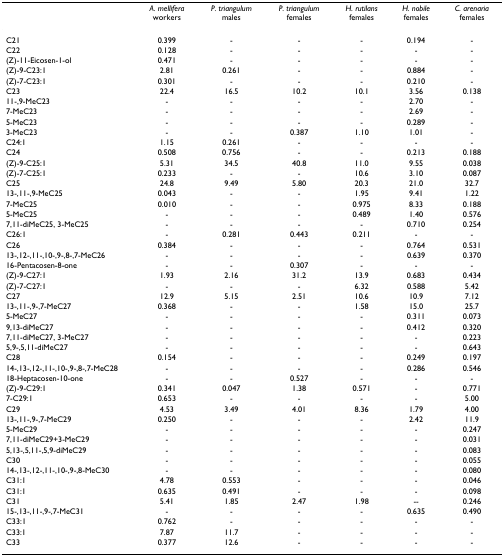
<table><thead><tr><td></td><td><b><i>A. mellifera </i>workers</b></td><td><b><i>P. triangulum </i>males</b></td><td><b><i>P. triangulum </i>females</b></td><td><b><i>H. rutilans </i>females</b></td><td><b><i>H. nobile </i>females</b></td><td><b><i>C. arenaria </i>females</b></td></tr></thead><tbody><tr><td>C21</td><td>0.399</td><td>-</td><td>-</td><td>-</td><td>0.194</td><td>-</td></tr><tr><td>C22</td><td>0.128</td><td>-</td><td>-</td><td>-</td><td>-</td><td>-</td></tr><tr><td>(Z)-11-Eicosen-1-ol</td><td>0.471</td><td>-</td><td>-</td><td>-</td><td>-</td><td>-</td></tr><tr><td>(Z)-9-C23:1</td><td>2.81</td><td>0.261</td><td>-</td><td>-</td><td>0.884</td><td>-</td></tr><tr><td>(Z)-7-C23:1</td><td>0.301</td><td>-</td><td>-</td><td>-</td><td>0.210</td><td>-</td></tr><tr><td>C23</td><td>22.4</td><td>16.5</td><td>10.2</td><td>10.1</td><td>3.56</td><td>0.138</td></tr><tr><td>11-,9-MeC23</td><td>-</td><td>-</td><td>-</td><td>-</td><td>2.70</td><td>-</td></tr><tr><td>7-MeC23</td><td>-</td><td>-</td><td>-</td><td>-</td><td>2.69</td><td>-</td></tr><tr><td>5-MeC23</td><td>-</td><td>-</td><td>-</td><td>-</td><td>0.289</td><td>-</td></tr><tr><td>3-MeC23</td><td>-</td><td>-</td><td>0.387</td><td>1.10</td><td>1.01</td><td>-</td></tr><tr><td>C24:1</td><td>1.15</td><td>0.261</td><td>-</td><td>-</td><td>-</td><td>-</td></tr><tr><td>C24</td><td>0.508</td><td>0.756</td><td>-</td><td>-</td><td>0.213</td><td>0.188</td></tr><tr><td>(Z)-9-C25:1</td><td>5.31</td><td>34.5</td><td>40.8</td><td>11.0</td><td>9.55</td><td>0.038</td></tr><tr><td>(Z)-7-C25:1</td><td>0.233</td><td>-</td><td>-</td><td>10.6</td><td>3.10</td><td>0.087</td></tr><tr><td>C25</td><td>24.8</td><td>9.49</td><td>5.80</td><td>20.3</td><td>21.0</td><td>32.7</td></tr><tr><td>13-,11-,9-MeC25</td><td>0.043</td><td>-</td><td>-</td><td>1.95</td><td>9.41</td><td>1.22</td></tr><tr><td>7-MeC25</td><td>0.010</td><td>-</td><td>-</td><td>0.975</td><td>8.33</td><td>0.188</td></tr><tr><td>5-MeC25</td><td>-</td><td>-</td><td>-</td><td>0.489</td><td>1.40</td><td>0.576</td></tr><tr><td>7,11-diMeC25, 3-MeC25</td><td>-</td><td>-</td><td>-</td><td>-</td><td>0.710</td><td>0.254</td></tr><tr><td>C26:1</td><td>-</td><td>0.281</td><td>0.443</td><td>0.211</td><td>-</td><td>-</td></tr><tr><td>C26</td><td>0.384</td><td>-</td><td>-</td><td>-</td><td>0.764</td><td>0.531</td></tr><tr><td>13-,12-,11-,10-,9-,8-,7-MeC26</td><td>-</td><td>-</td><td>-</td><td>-</td><td>0.639</td><td>0.370</td></tr><tr><td>16-Pentacosen-8-one</td><td>-</td><td>-</td><td>0.307</td><td>-</td><td>-</td><td>-</td></tr><tr><td>(Z)-9-C27:1</td><td>1.93</td><td>2.16</td><td>31.2</td><td>13.9</td><td>0.683</td><td>0.434</td></tr><tr><td>(Z)-7-C27:1</td><td>-</td><td>-</td><td>-</td><td>6.32</td><td>0.588</td><td>5.42</td></tr><tr><td>C27</td><td>12.9</td><td>5.15</td><td>2.51</td><td>10.6</td><td>10.9</td><td>7.12</td></tr><tr><td>13-,11-,9-,7-MeC27</td><td>0.368</td><td>-</td><td>-</td><td>1.58</td><td>15.0</td><td>25.7</td></tr><tr><td>5-MeC27</td><td>-</td><td>-</td><td>-</td><td>-</td><td>0.311</td><td>0.073</td></tr><tr><td>9,13-diMeC27</td><td>-</td><td>-</td><td>-</td><td>-</td><td>0.412</td><td>0.320</td></tr><tr><td>7,11-diMeC27, 3-MeC27</td><td>-</td><td>-</td><td>-</td><td>-</td><td>-</td><td>0.223</td></tr><tr><td>5,9-,5,11-diMeC27</td><td>-</td><td>-</td><td>-</td><td>-</td><td>-</td><td>0.643</td></tr><tr><td>C28</td><td>0.154</td><td>-</td><td>-</td><td>-</td><td>0.249</td><td>0.197</td></tr><tr><td>14-,13-,12-,11-,10-,9-,8-,7-MeC28</td><td>-</td><td>-</td><td>-</td><td>-</td><td>0.286</td><td>0.546</td></tr><tr><td>18-Heptacosen-10-one</td><td>-</td><td>-</td><td>0.527</td><td>-</td><td>-</td><td>-</td></tr><tr><td>(Z)-9-C29:1</td><td>0.341</td><td>0.047</td><td>1.38</td><td>0.571</td><td>-</td><td>0.771</td></tr><tr><td>7-C29:1</td><td>0.653</td><td>-</td><td>-</td><td>-</td><td>-</td><td>5.00</td></tr><tr><td>C29</td><td>4.53</td><td>3.49</td><td>4.01</td><td>8.36</td><td>1.79</td><td>4.00</td></tr><tr><td>13-,11-,9-,7-MeC29</td><td>0.250</td><td>-</td><td>-</td><td>-</td><td>2.42</td><td>11.9</td></tr><tr><td>5-MeC29</td><td>-</td><td>-</td><td>-</td><td>-</td><td>-</td><td>0.247</td></tr><tr><td>7,11-diMeC29+3-MeC29</td><td>-</td><td>-</td><td>-</td><td>-</td><td>-</td><td>0.031</td></tr><tr><td>5,13-,5,11-,5,9-diMeC29</td><td>-</td><td>-</td><td>-</td><td>-</td><td>-</td><td>0.083</td></tr><tr><td>C30</td><td>-</td><td>-</td><td>-</td><td>-</td><td>-</td><td>0.055</td></tr><tr><td>14-,13-,12-,11-,10-,9-,8-MeC30</td><td>-</td><td>-</td><td>-</td><td>-</td><td>-</td><td>0.080</td></tr><tr><td>C31:1</td><td>4.78</td><td>0.553</td><td>-</td><td>-</td><td>-</td><td>0.046</td></tr><tr><td>C31:1</td><td>0.635</td><td>0.491</td><td>-</td><td>-</td><td>-</td><td>0.098</td></tr><tr><td>C31</td><td>5.41</td><td>1.85</td><td>2.47</td><td>1.98</td><td>--</td><td>0.246</td></tr><tr><td>15-,13-,11-,9-,7-MeC31</td><td>-</td><td>-</td><td>-</td><td>-</td><td>0.635</td><td>0.490</td></tr><tr><td>C33:1</td><td>0.762</td><td>-</td><td>-</td><td>-</td><td>-</td><td>-</td></tr><tr><td>C33:1</td><td>7.87</td><td>11.7</td><td>-</td><td>-</td><td>-</td><td>-</td></tr><tr><td>C33</td><td>0.377</td><td>12.6</td><td>-</td><td>-</td><td>-</td><td>-</td></tr></tbody></table>